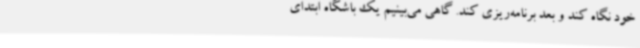
خود نگاه کند و بعد برنامه‌ریزی کند. گاهی می‌بینیم یک باشگاه ابتدای